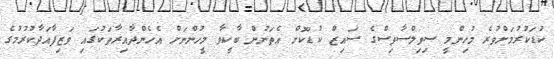
ކުޑަކުރުމަށްވުރެ މުހިންމީ ސިވިލްސާވިސްގެ ސައިޒް ކުޑަކޮށް އެތަނުން ބާކީވާ މީހުންނަށް އެހެންދާއިރާތަކުގައި ވަޒިފާއަދާކުރުމުގެ